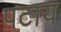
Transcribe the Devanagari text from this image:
पटाय